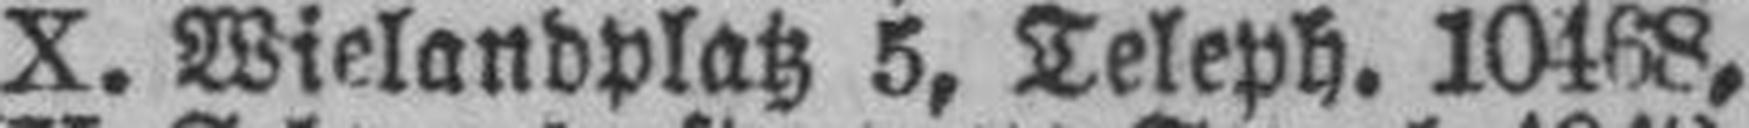
X. Wielandplatz 5, Teleph. 10468,